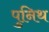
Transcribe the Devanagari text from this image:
पुनिथ